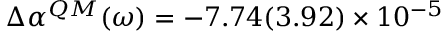
\Delta \alpha ^ { Q M } ( \omega ) = - 7 . 7 4 ( 3 . 9 2 ) \times 1 0 ^ { - 5 }